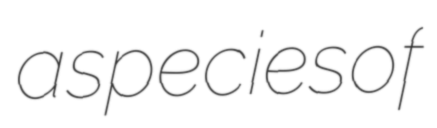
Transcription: a species of